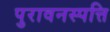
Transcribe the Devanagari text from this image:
पुरावनस्पत्ति